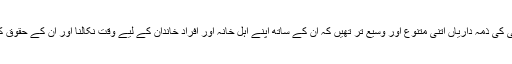
پیغمبر اسلام صلی اللہ علیہ وسلم کی خارجی زندگی کی ذمہ داریاں اتنی متنوع اور وسیع تر تھیں کہ ان کے ساتھ اپنے اہل خانہ اور افراد خاندان کے لیے وقت نکالنا اور ان کے حقوق کی رعایت کرنا، آج کے زمانہ کو دیکھتے ہوئے۔